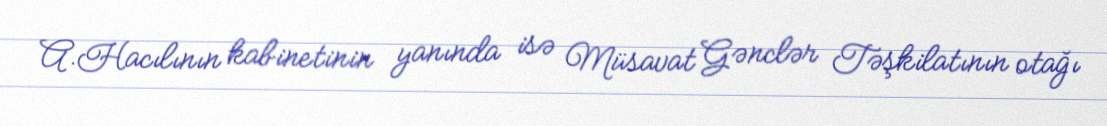
A.Hacılının kabinetinin yanında isə Müsavat Gənclər Təşkilatının otağı